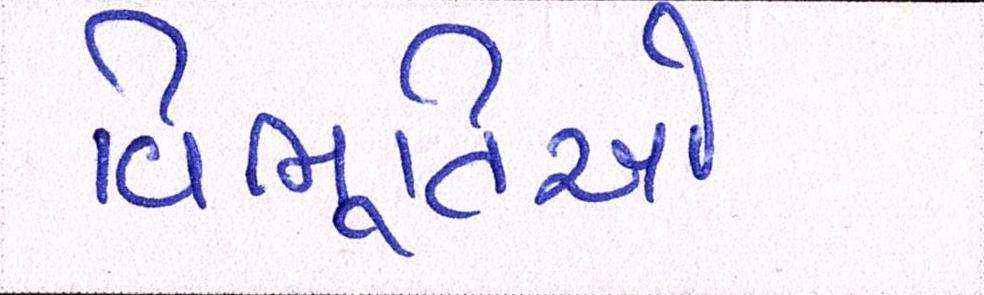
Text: વિભૂતિઓ